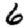
Digit: 6